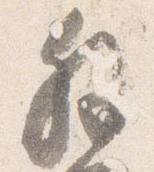
解